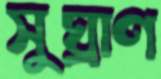
সুঘ্রাণ